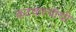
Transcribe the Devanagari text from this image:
कटवाल्यांची